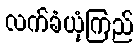
လက်ခံယုံကြည်